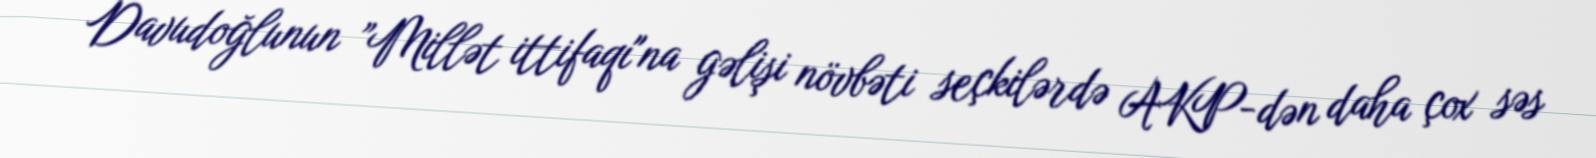
Davudoğlunun ”Millət ittifaqı"na gəlişi növbəti seçkilərdə AKP-dən daha çox səs